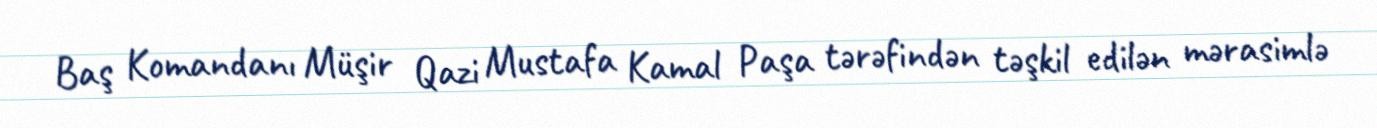
Baş Komandanı Müşir Qazi Mustafa Kamal Paşa tərəfindən təşkil edilən mərasimlə